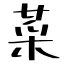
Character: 菜